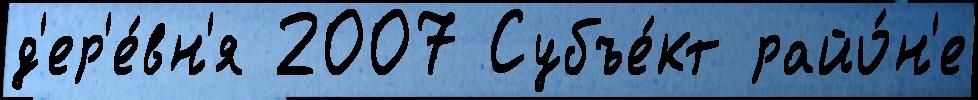
д'ер'е́вн'я 2007 Субъе́кт райо́н'е